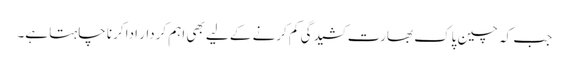
جب کہ چین پاک بھارت کشیدگی کم کرنے کے لیے بھی اہم کردار ادا کرنا چاہتا ہے۔